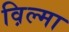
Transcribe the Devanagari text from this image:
व़िल्मा